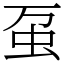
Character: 虿